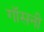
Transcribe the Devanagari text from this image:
गॉसनी